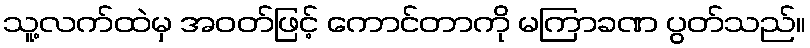
သူ့လက်ထဲမှ အဝတ်ဖြင့် ကောင်တာကို မကြာခဏ ပွတ်သည်။